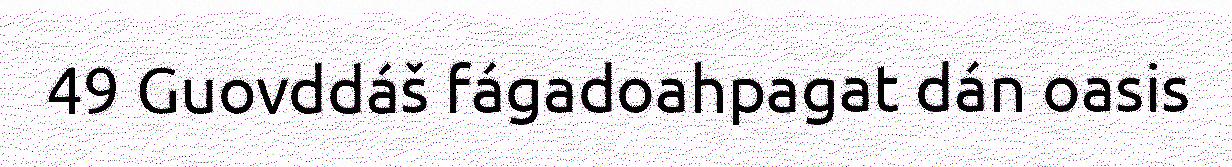
49 Guovddáš fágadoahpagat dán oasis